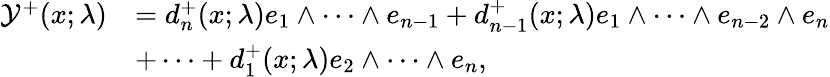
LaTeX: \begin{array}{rl}{\mathcal{Y}^{+}(x;\lambda)}&{=d_{n}^{+}(x;\lambda)e_{1}\wedge\dots\wedge e_{n-1}+d_{n-1}^{+}(x;\lambda)e_{1}\wedge\dots\wedge e_{n-2}\wedge e_{n}}\\ &{+\dots+d_{1}^{+}(x;\lambda)e_{2}\wedge\dots\wedge e_{n},}\end{array}